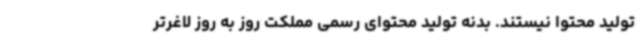
تولید محتوا نیستند. بدنه تولید محتوای رسمی مملکت روز به روز لاغرتر